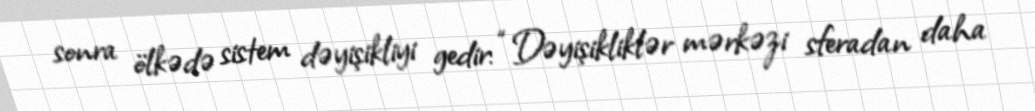
sonra ölkədə sistem dəyişikliyi gedir: “Dəyişikliklər mərkəzi sferadan daha